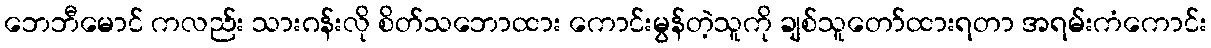
ဘေဘီမောင် ကလည်း သားဂန်းလို စိတ်သဘောထား ကောင်းမွန်တဲ့သူကို ချစ်သူတော်ထားရတာ အရမ်းကံကောင်း